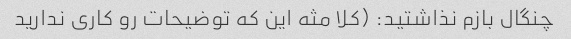
چنگال بازم نذاشتید: (کلا مثه این که توضیحات رو کاری ندارید